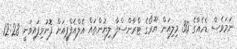
ނަމަވެސް ޑެހެއާގެ 30 މިލިއަން ޔޫރޯގެ ޓްރާންސްފާ ލިޔުންތައް އެލްއެފްޕީއަށް ފޮނުވިފައިވަނީ 12:28